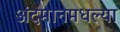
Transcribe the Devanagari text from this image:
अंदमानमधल्या